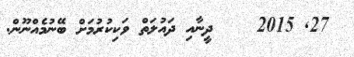
27